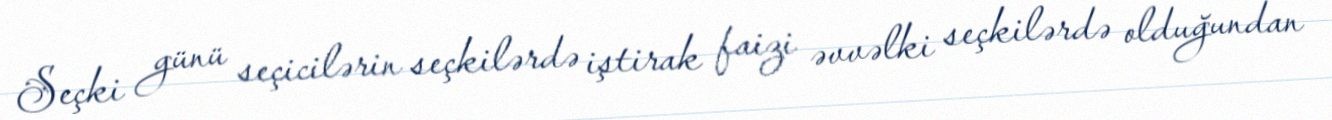
Seçki günü seçicilərin seçkilərdə iştirak faizi əvvəlki seçkilərdə olduğundan